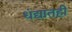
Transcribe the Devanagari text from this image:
धंद्यातही